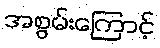
အစွမ်းကြောင့်